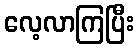
လေ့လာကြပြီး